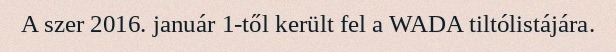
A szer 2016. január 1-től került fel a WADA tiltólistájára.